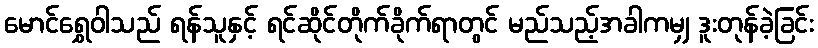
မောင်ရွှေဝါသည် ရန်သူနှင့် ရင်ဆိုင်တိုက်ခိုက်ရာတွင် မည်သည့်အခါကမျှ ဒူးတုန်ခဲ့ခြင်း